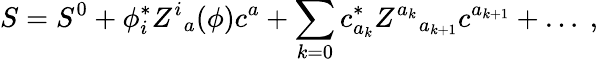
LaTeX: S=S^{0}+\phi_{i}^{*}Z^{i}{}_{a}(\phi)c^{a}+\sum_{k=0}c_{a_{k}}^{*}Z^{a_{k}}{}_{a_{k+1}}c^{a_{k+1}}+\ldots\ ,